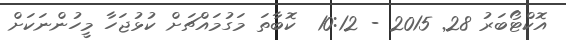
އޮކްޓޯބަރު 28